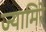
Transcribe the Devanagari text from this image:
ज्यामिरे